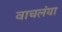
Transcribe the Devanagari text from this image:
वाचलंया